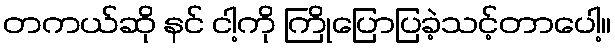
တကယ်ဆို နင် ငါ့ကို ကြိုပြောပြခဲ့သင့်တာပေါ့။